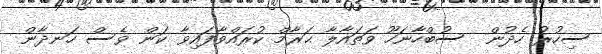
ސިހުރު ހެދުން  ސުބްހާނަހޫ ވަތައާލާ ޙަރާމް ކުރައްވާފައިވާ ކަން ވެސް ހަނދާން